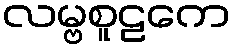
လမ္ဗစူဠကေ